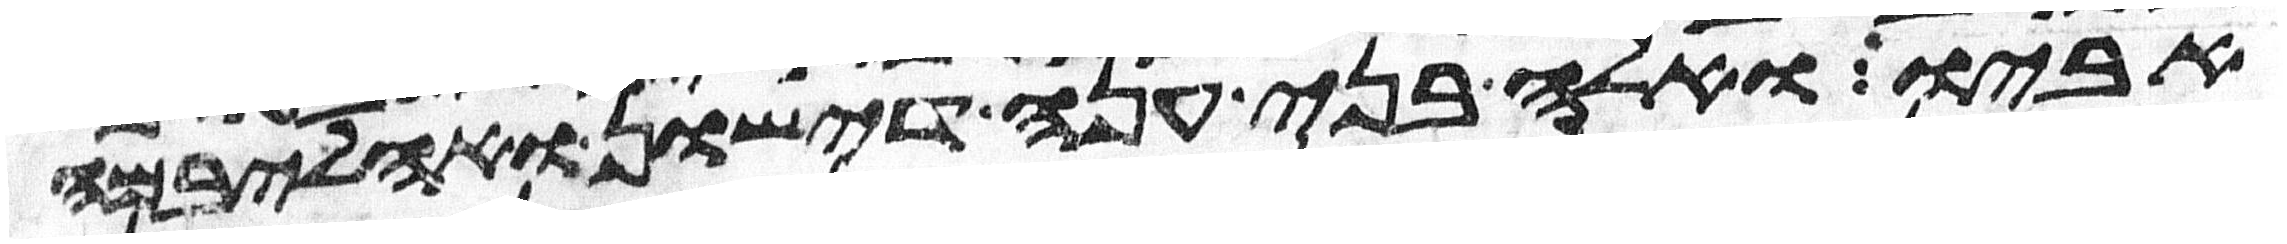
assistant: אביו ואלה בני ענה דישון ואהליבמה